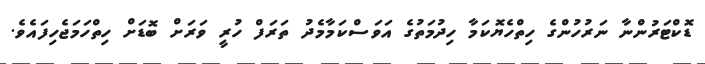
ޑޮކްޓަރުންނާ ނަރުހުންގެ ހިތްހެޔޮކަމާ ހިދުމަތުގެ އަވަސްކަމާމެދު ތަރަފް ހުރީ ވަރަށް ބޮޑަށް ހިތްހަމަޖެހިފައެވެ.